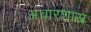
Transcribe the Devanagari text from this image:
अचारशास्त्र